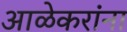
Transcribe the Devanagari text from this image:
आळेकरांना